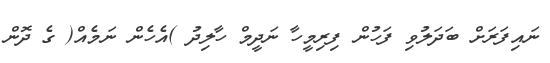
ނައިފަރަށް ބަދަލުވި ފަހުން ފިރިމީހާ ނަދީމް ހާލިދު )އެހެން ނަމެއް( ގެ ދޮން